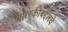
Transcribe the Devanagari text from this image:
मालकीबद्दलचे